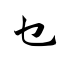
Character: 乜